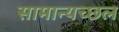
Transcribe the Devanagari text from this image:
सामान्यच्छल